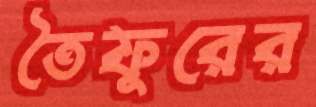
তৈফুরের